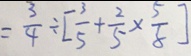
= \frac { 3 } { 4 } \div [ \frac { 3 } { 5 } + \frac { 2 } { 5 } \times \frac { 5 } { 8 } ]